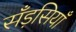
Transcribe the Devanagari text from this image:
सँड़सियाँ